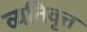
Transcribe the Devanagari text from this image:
व्यतिवृत्त